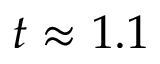
t \approx 1 . 1